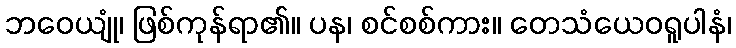
ဘဝေယျုံ၊ ဖြစ်ကုန်ရာ၏။ ပန၊ စင်စစ်ကား။ တေသံယေဝရူပါနံ၊